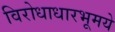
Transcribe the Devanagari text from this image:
विरोधाधारभूमये